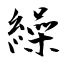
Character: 繰